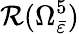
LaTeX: \mathcal{R}(\Omega_{\bar{\varepsilon}}^{5})